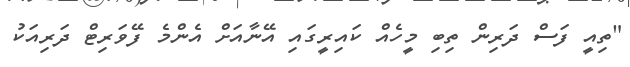
"ތިއީ ފަސް ދަރިން ތިބި މީހެއް ކައިރީގައި އޭނާއަށް އެންމެ ފޭވަރިޓް ދަރިއަކު